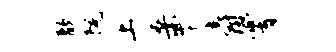
歆院上桑岑爵霄